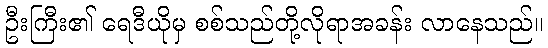
ဦးကြီး၏ ရေဒီယိုမှ စစ်သည်တို့လိုရာအခန်း လာနေသည်။